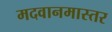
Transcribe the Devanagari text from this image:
मदवानमास्तर